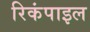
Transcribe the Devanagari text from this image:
रिकंपाइल